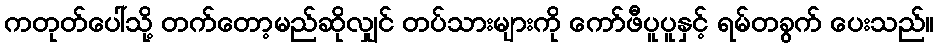
ကတုတ်ပေါ်သို့ တက်တော့မည်ဆိုလျှင် တပ်သားများကို ကော်ဖီပူပူနှင့် ရမ်တခွက် ပေးသည်။